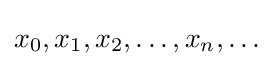
x_{0},x_{1},x_{2},\ldots ,x_{n},\ldots